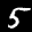
Label: 5